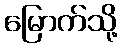
မြောက်သို့